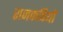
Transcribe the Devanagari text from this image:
राजकवियों